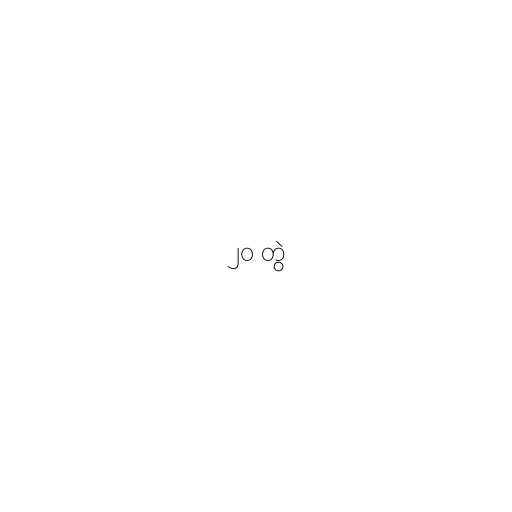
၂၀ တွဲ